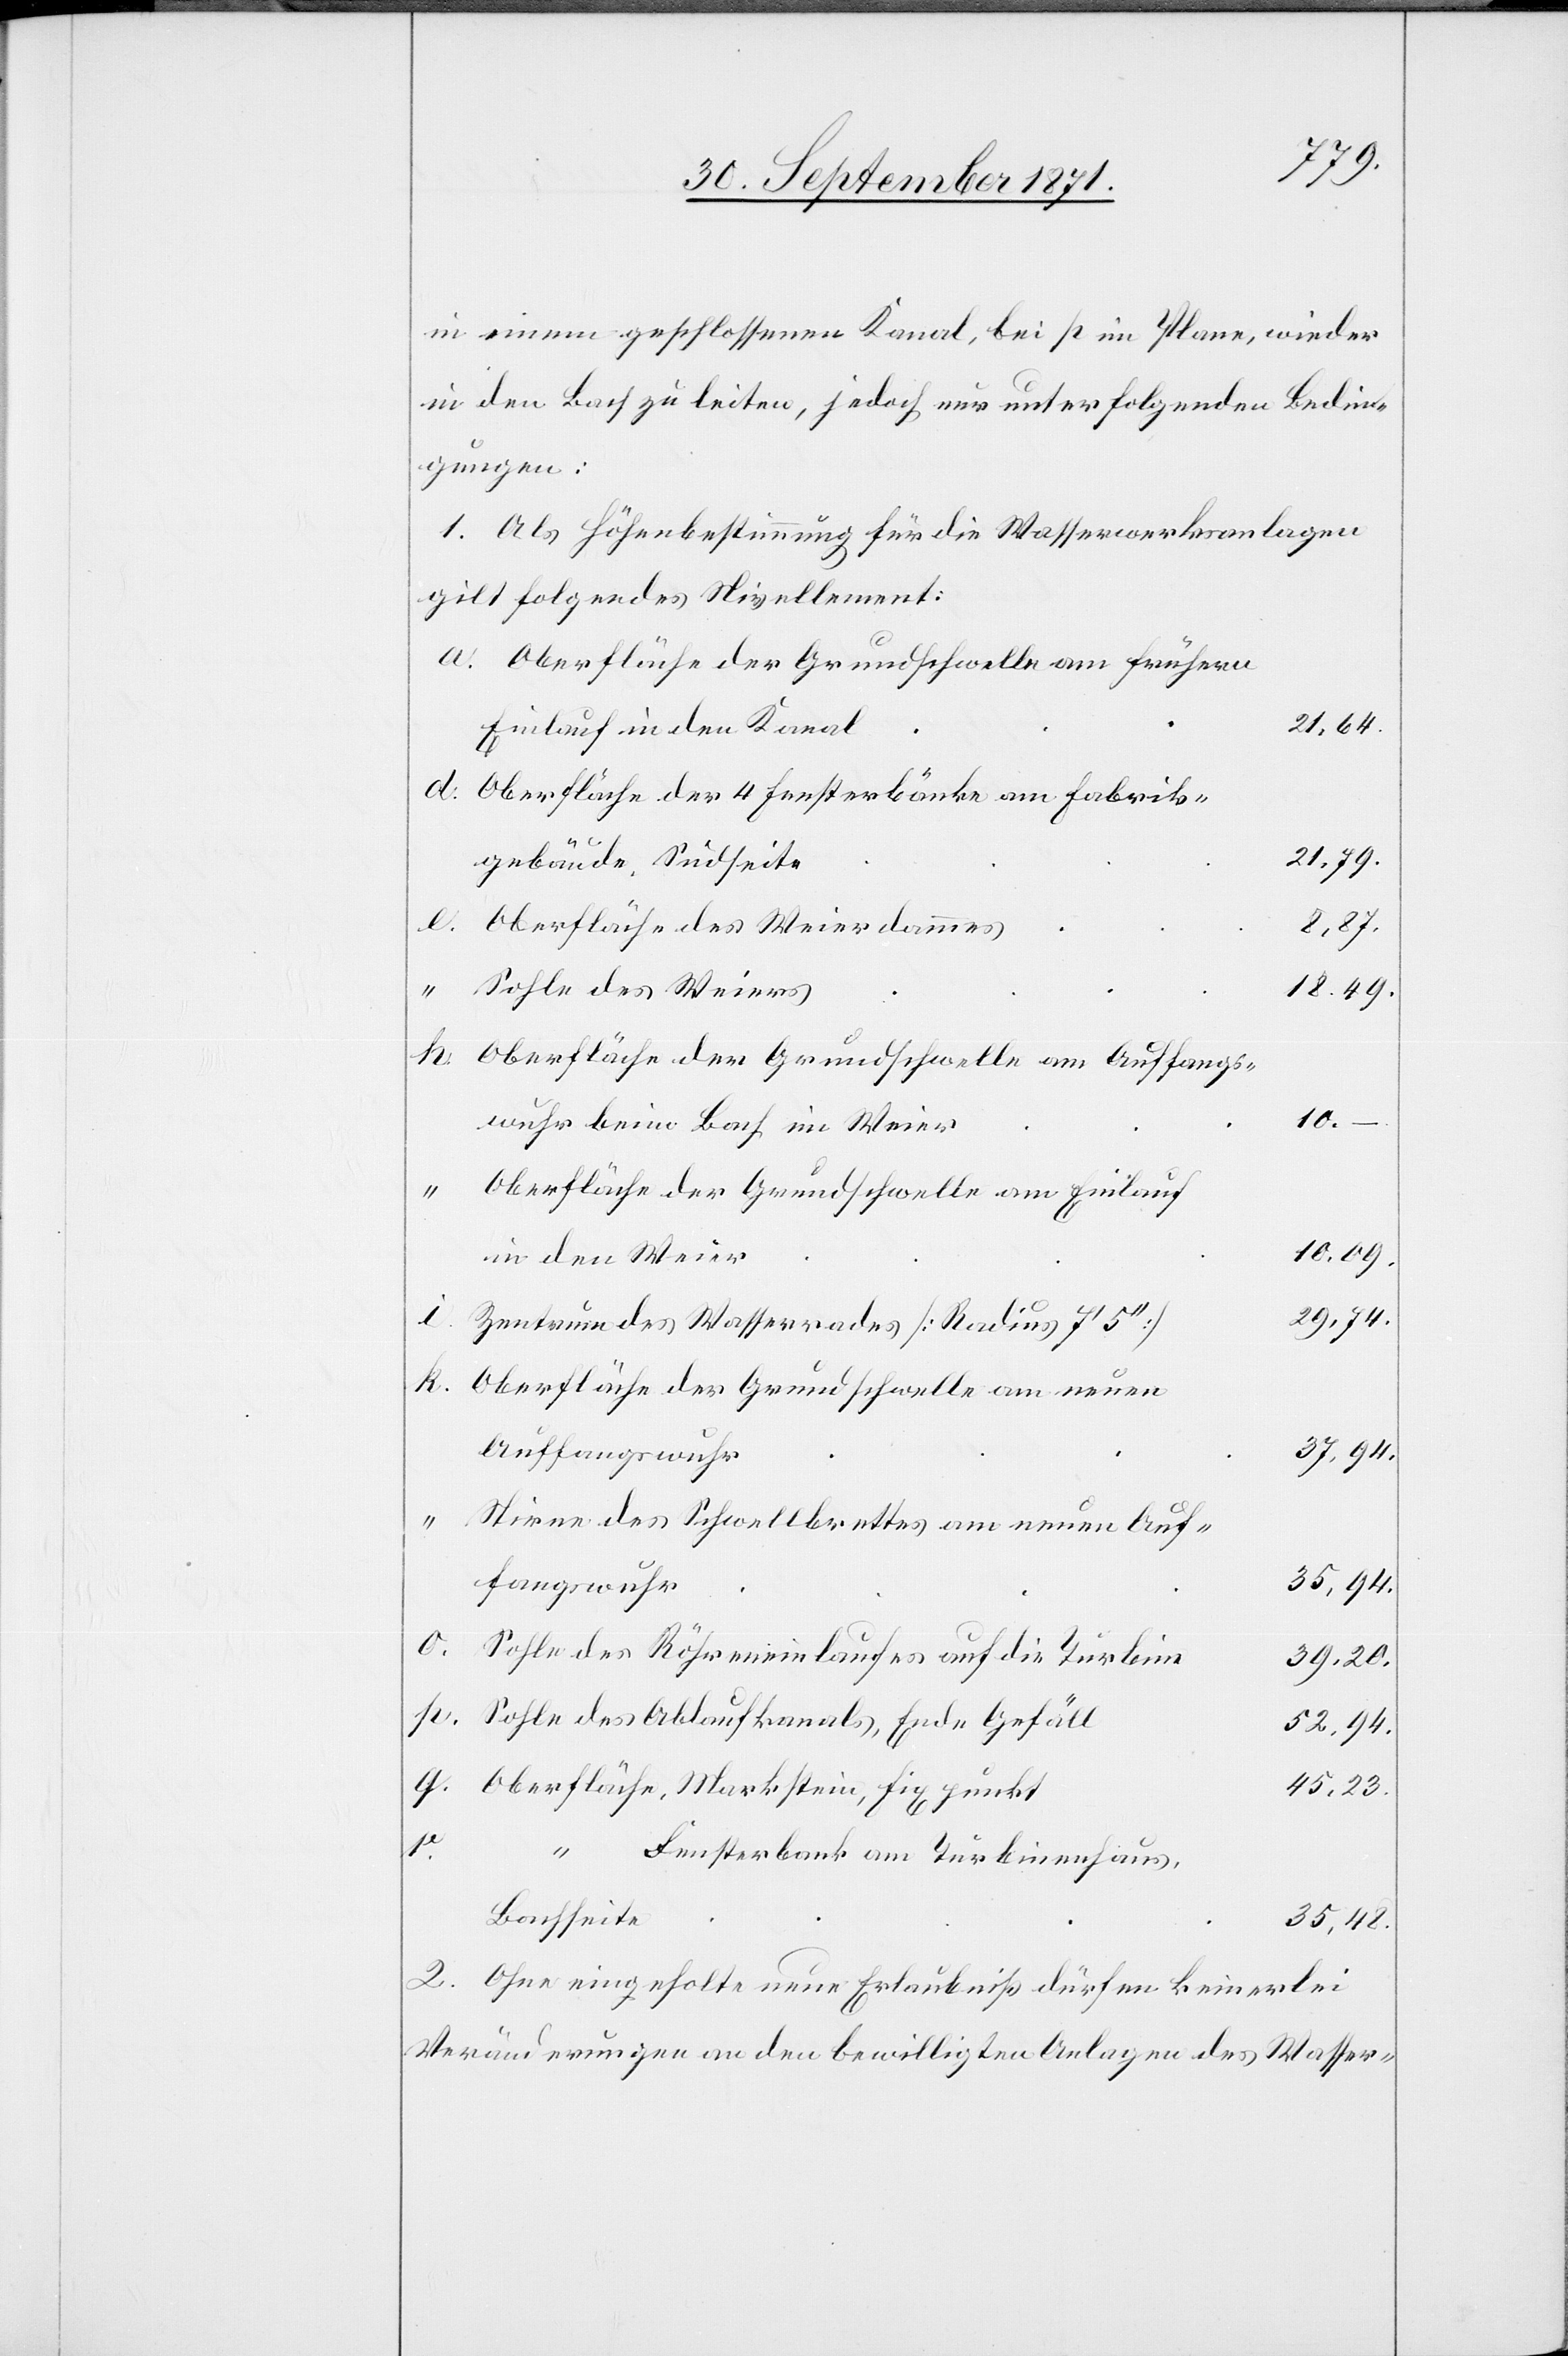
29,74.
in einem geschlossenen Kanal, bei P im Plane, wieder
in den Bach zu leiten, jedoch nur unter folgenden Bedin¬
gungen.
1. Als Höhenbestimmung für die Wasserwerkanlagen
gilt folgendes Nivellement:
Oberfläche der Grundschwelle am frühern
21,64.
Einlauf in den Kanal
Oberfläche der 4 Fensterbänke am Fabriks¬
gebäude. Südseite
o.
Oberfläche des Weierdammes
8,87.
Sohle des Weiers
18,49.
Oberfläche der Grundschwelle am Auffangs¬
10.
wuhr beim Bach im Weier
Oberfläche der Grundschwelle am Einlauf
10,09.
in den Weier
Zentrum des Wasserrades [Radius 7’ 5’’]
Oberfläche der Grundschwelle am neuen
Auffangswuhr
37,94.
Stirne des Schwellbrettes am neuen Auf¬
35,94.
fangswuhr
Sohle der Röhreneinlaufes auf die Turbine
Oberfläch¬
Sohle des Ablaufkanals, Ende Gefäll
52,94.
Oberfläche. Markstein, Fixpunkt
45,23.
r.
e, Hinterbank am Turbinenhaus,
Bachseite
35,48.
2. Ohne eingeholte neue Erlaubniß dürfen keinerlei
Veränderungen an den bewilligten Anlagen des Wasser-